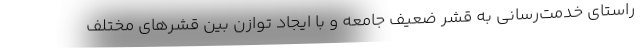
راستای خدمت‌رسانی به قشر ضعیف جامعه و با ایجاد توازن بین قشرهای مختلف